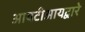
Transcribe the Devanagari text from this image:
आयटीआयद्वारे